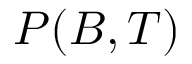
P ( B , { \cal T } )